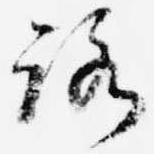
路